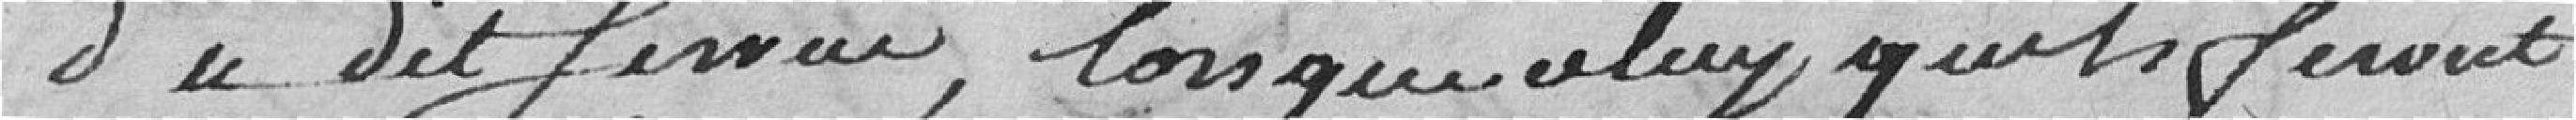
du dit service, lorsque celuy qu'ils feront